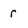
Character: r